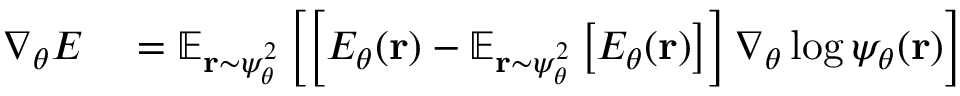
\begin{array} { r l } { \nabla _ { \theta } E } & { { } = \mathbb { E } _ { { \mathbf { r } } \sim \psi _ { \theta } ^ { 2 } } \left[ \left[ E _ { \theta } ( { \mathbf { r } } ) - \mathbb { E } _ { { \mathbf { r } } \sim \psi _ { \theta } ^ { 2 } } \left[ E _ { \theta } ( { \mathbf { r } } ) \right] \right] \nabla _ { \theta } \log \psi _ { \theta } ( { \mathbf { r } } ) \right] } \end{array}